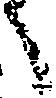
へ